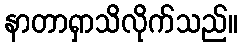
နာတာရှာသိလိုက်သည်။